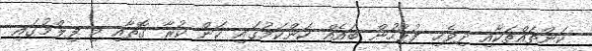
ކަންތައްތަކާއި ދިވެހި ފުލުހުން ބައެއް ކަންކަމުގައި ކަން ކުރާ ގޮތާއި މި ފިލްމުގައި